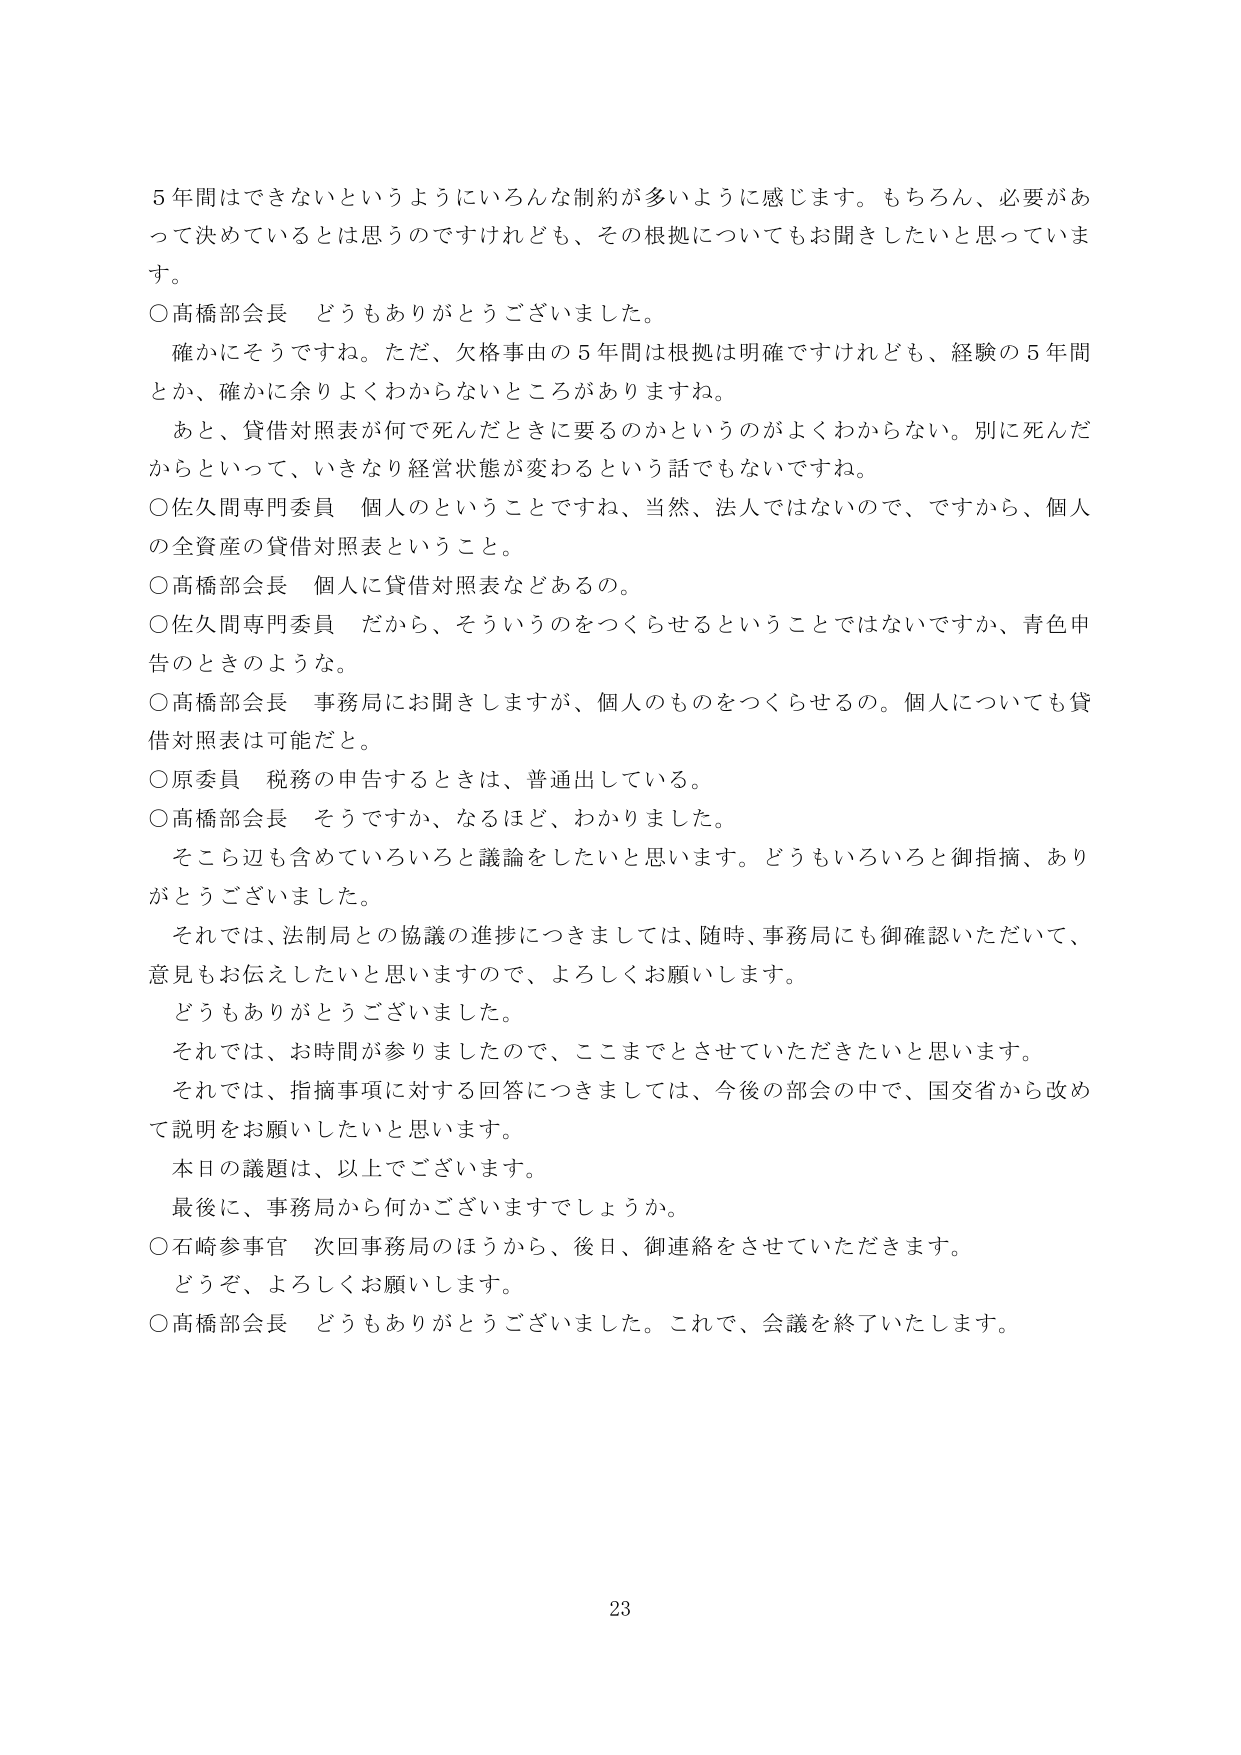
5年間はできないというようにいろんな制約が多いように感じます。もちろん、必要があって決めているとは思うのですけれども、その根拠についてもお聞きしたいと思っています。

○高橋部会長　どうもありがとうございました。

　確かにそうですね。ただ、欠格事由の5年間は根拠は明確ですけれども、経験の5年間とか、確かに余りよくわからないところがありますね。

　あと、貸借対照表が何で死んだときに要るのかというのがよくわからない。別に死んだからといって、いきなり経営状態が変わるという話でもないですね。

○佐久間専門委員　個人のということですね、当然、法人ではないので、ですから、個人の全資産の貸借対照表ということ。

○高橋部会長　個人に貸借対照表などあるの。

○佐久間専門委員　だから、そういうのをつくらせるということではないですか、青色申告のときのような。

○高橋部会長　事務局にお聞きしますが、個人のものをつくらせるの。個人についても貸借対照表は可能だと。

○原委員　税務の申告するときは、普通出している。

○高橋部会長　そうですか、なるほど、わかりました。

　そこら辺も含めていろいろと議論をしたいと思います。どうもいろいろと御指摘、ありがとうございました。

　それでは、法制局との協議の進捗につきましては、随時、事務局にも御確認いただいて、意見もお伝えしたいと思いますので、よろしくお願いします。

　どうもありがとうございました。

　それでは、お時間が参りましたので、ここまでとさせていただきたいと思います。

　それでは、指摘事項に対する回答につきましては、今後の部会の中で、国交省から改めて説明をお願いしたいと思います。

　本日の議題は、以上でございます。

　最後に、事務局から何かございますでしょうか。

○石崎参事官　次回事務局のほうから、後日、御連絡をさせていただきます。

　どうぞ、よろしくお願いします。

○高橋部会長　どうもありがとうございました。これで、会議を終了いたします。

23